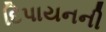
દિપાયનની